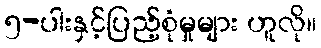
၅-ပါးနှင့်ပြည့်စုံမှုများ ဟူလို။